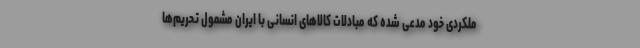
ملکردی خود مدعی شده که مبادلات کالاهای انسانی با ایران مشمول تحریم‌ها